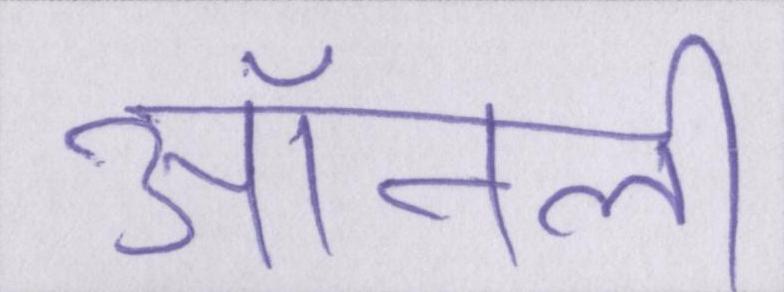
ऑनली